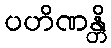
ပဟိဏန္တိ